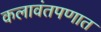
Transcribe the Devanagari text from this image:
कलावंतपणात